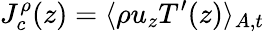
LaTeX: J_{c}^{\rho}(z)=\langle\rho u_{z}T^{\prime}(z)\rangle_{A,t}